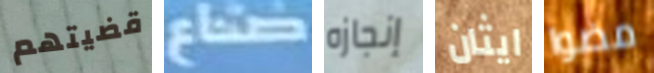
قضيتهم صناع إنجازه ايثان مضوا